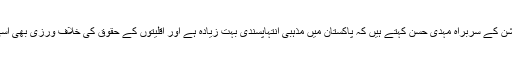
ہیومن رائٹس کمشن کے سربراہ مہدی حسن کہتے ہیں کہ پاکستان میں مذہبی انتہاپسندی بہت زیادہ ہے اور اقلیتوں کے حقوق کی خلاف ورزی بھی اسی لئے ہوتی ہے۔